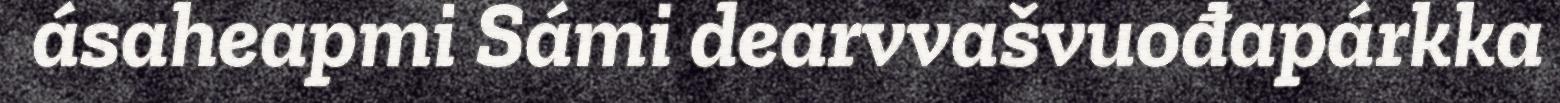
ásaheapmi Sámi dearvvašvuođapárkka